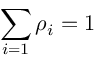
\sum _ { i = 1 } \rho _ { i } = 1